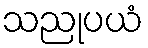
သညုပယံ